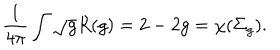
\frac { 1 } { 4 \pi } \int \sqrt { g } R ( g ) = 2 - 2 g = \chi ( \Sigma _ { g } ) .